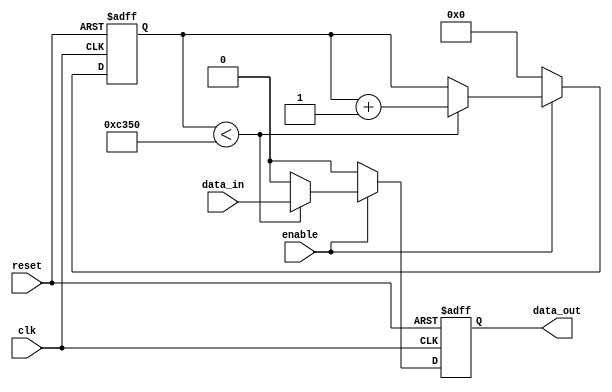
module latch_delay (
   input wire clk,
   input wire reset,
   input wire enable,
   input wire data_in,
   output reg data_out
);

reg [31:0] count;

always @ (posedge clk or posedge reset) begin
   if (reset) begin
      count <= 0;
      data_out <= 1'b0;
   end else if (enable) begin
      if (count < 50000) begin //adjust delay period as needed
         count <= count + 1;
         data_out <= data_in;
      end else begin
         data_out <= 1'b0;
      end
   end else begin
      count <= 0;
      data_out <= 1'b0;
   end
end

endmodule